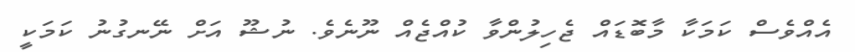
އެއްވެސް ކަމަކާ މާބޮޑައް ޖެހިލުންވާ ކުއްޖެއް ނޫނެވެ. ނުޝޫ އަށް ނޭނގުނު ކަމަކީ